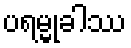
ပရမ္မုခါဿ